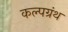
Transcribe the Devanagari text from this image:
कल्पग्रंथ